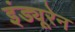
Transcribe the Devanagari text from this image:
इंड्यूरेन